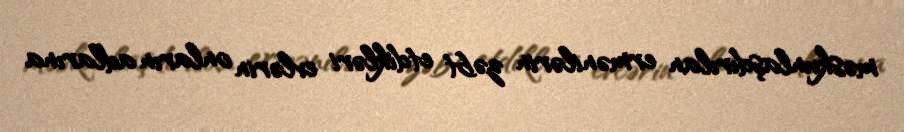
məskunlaşdırılan ermənilərin zəbt etdikləri evlərin onların adlarına